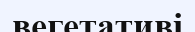
вегетативі